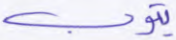
يتوب